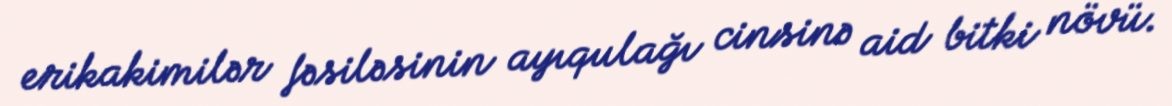
erikakimilər fəsiləsinin ayıqulağı cinsinə aid bitki növü.